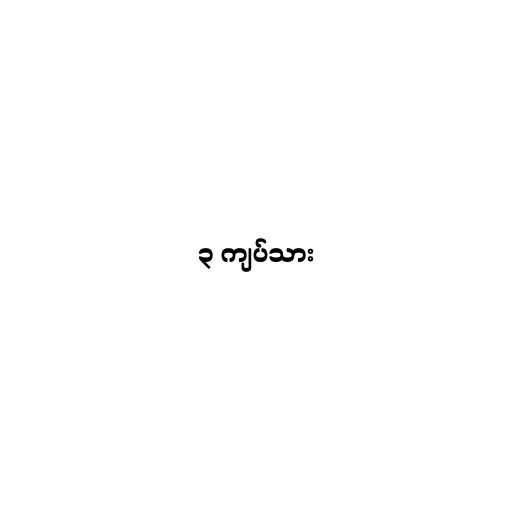
၃ ကျပ်သား